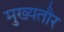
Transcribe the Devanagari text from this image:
मुख्‍यतौर